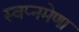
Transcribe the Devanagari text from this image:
स्वप्नमेणा